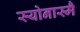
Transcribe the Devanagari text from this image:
स्योनास्मै